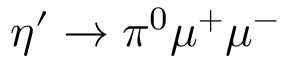
\eta ^ { \prime } \rightarrow \pi ^ { 0 } \mu ^ { + } \mu ^ { - }